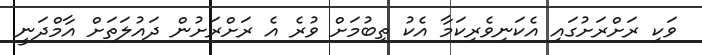
ވަކި ރަށްރަށުގައި އެކަނިވެރިކަމާ އެކު ތިބުމަށް ވުރެ އެ ރަށްރަށުން ދައުލަތަށް އާމްދަނީ